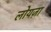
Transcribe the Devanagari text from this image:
लोयज़ा